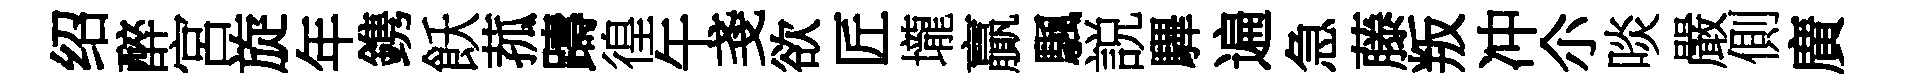
绍醉宮旋年鎸飫菰躊徨午戔欲匠壠贏颿説驆遍急藤叛冲尒啖嚴側廣